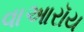
વાઆરૉય